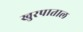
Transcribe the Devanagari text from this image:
खुरपाताल